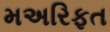
મઅરિફત